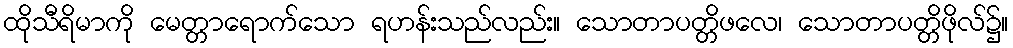
ထိုသီရိမာကို မေတ္တာရောက်သော ရဟန်းသည်လည်း။ သောတာပတ္တိဖလေ၊ သောတာပတ္တိဖိုလ်၌။